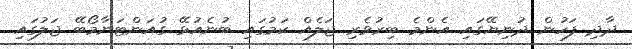
ދާދި ފަހުން ދުނިޔޭގައި އެންމެ ބިރުވެރި ޖަލެއް ކަމުގައި ބުނެއުޅޭ ގުއަންޓަނާމޯބޭ ޖަލުގައި